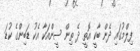
ފިލްމުގައި ދެން ބާކީ އޮތީ ދެ ތިން ސީންއަކާ އެކު ޑަބިންގެ ކުޑަ